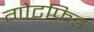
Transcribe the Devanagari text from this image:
गोटफ्रिड